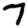
Digit: 7